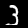
Digit: 3